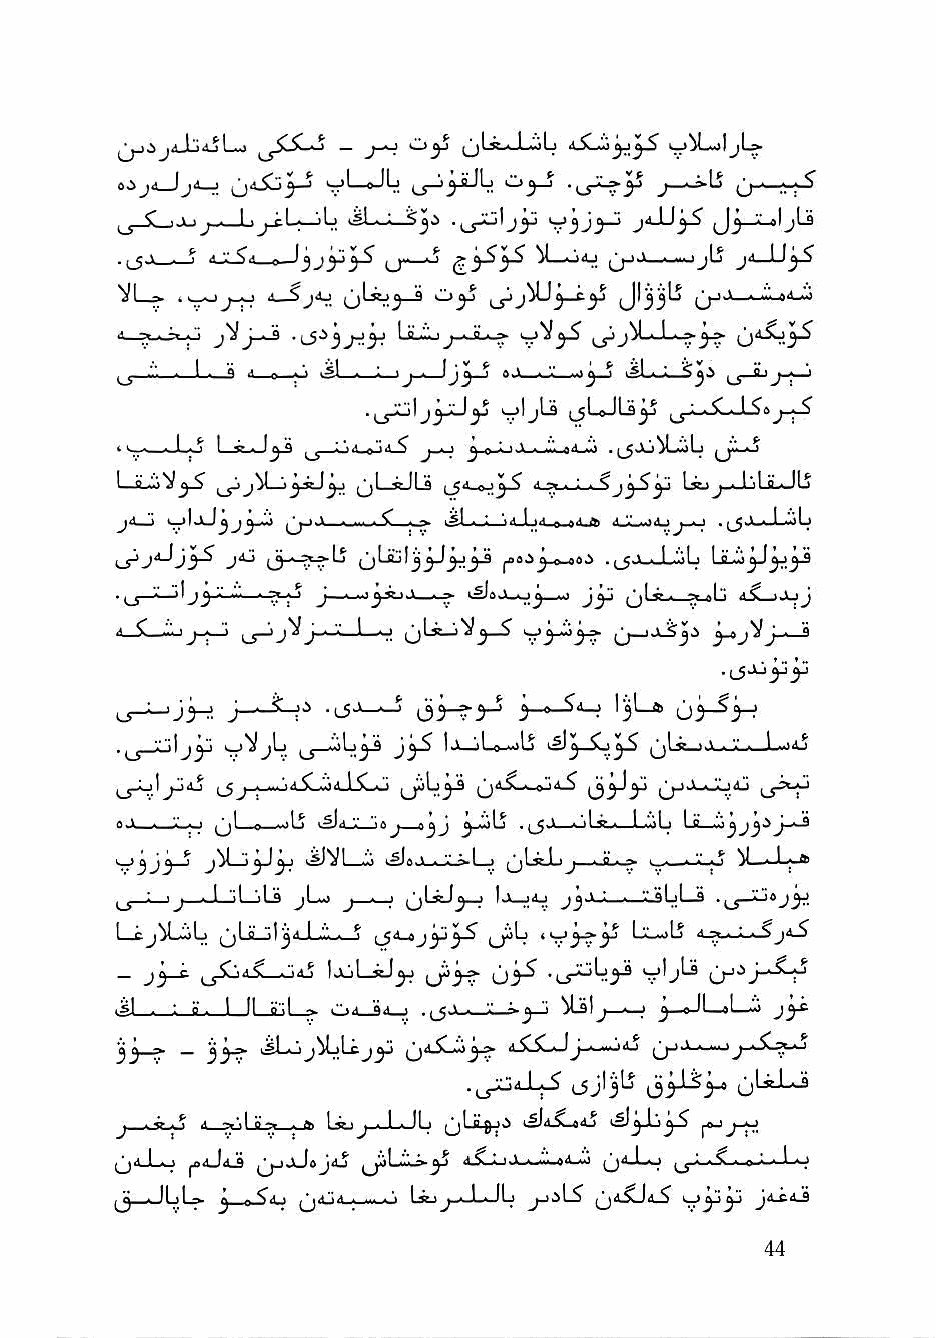
o^LmjIjI.*
 ojji \ji—i_              o^_j      j_^LS (j-.—i---S^
 ,_j_SL;jj _^L—'Ij ^sLj—Sy .^\jy   jiJJ^ J^_:L^ljLa
 (_; > n ^ 4-X_?4_o—Jj ^j.^—o ^LoiJ Qj.V—■-..jjLj jil. I
 u'-^5-^           J'33'^ (j-..i--^4^
 ■< ^ " jVJ-^ -l5°^3^3^ ljL.'i<..i j-»-,iLi-^
 ^ ■"■"■ - 1 . a •■ 1 •'' .^1 ■ 1 1^ ■ Ijj ^ « ' ■ '■' ■'^ ' '^1 ■ - ^j-8jj ■ I
 .^IjjjJy      ljUJUy j_y^.^5LlS'a_^
 ■ ^ - - I - ^ I «». Ij "a : •.^ c" ^ j,^ j r : I ' ■ ■'■"■ -I ■'■' ^Jf—^
 L-fLlo"^^^        ^ II a             Ljcjj.. I'll ii ■ llj
 j<lJ       ijjJ  ^   k?J ■ ^ l,;.1.tt.»rt-ft) .U'.'—>Aj . iJ.L..,! -iL
 j4j                      . (_§.>..J..'AL
 .,_S_JL_>1           ^               ^ J" 4.SL->JuJ
 j-jaJjj ^' jiyJs
 LS-^J3-:^ j—  •lS-'-^            '3^ 03-^3-?
 '-' ■ IJ J"' >w>'</jl-i ^ .'.".li^'a J^-S I J^l. 0 "'Is SL>^^ ^1 ^ . I
 yth  j-^Ji4.5Lvj4J.SLo           ^^a«uu4j
 ^    ' ^jL_»_-aLj isl.< V "'A J . J J . j_g„i » iLg^ L.ijLj Lsi
 '..'jjj ^       ^ iSlaJ-i-X-*!—) j^ljt-Lj U-—« V.o ^l—' I I >
 ^ - ' J ■ 1 'il 'il a jL«) j - ' qI » Ij ■ jj.V Xi^LL^ .^j_jLi»
 l—Cj^LijL I il " I j ^ I ■'" ■ *  LluLS
 - j'y-^       IjjLxJ^ u^3-? 03^ •'_5^^3^ v'j'^
 ■ si ■ : ii ■ I II p"l — ■"'-< '»■< ; . |_5w<->— j-J ^Ijl^^—■—J J » ILoL^ jy
 33-^ — 33^                      M-iiu [j-)'*. ■» -i.i^i-iC^.- 1
 J I^ ^ X •»•.! ii-. ■ !»■ 1^j_J_JL (jLii^.i
 (ji-Lo   ^jjjJeJdj ^^Li'i'i-^^ d.Ci-i..>---.'iii.a4 .li ^j^-l-o » ^.w-Lo
 ^ . II *|_^ ^ 0 ^^ * ^<U4-4— Li-»